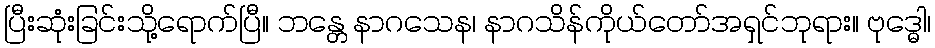
ပြီးဆုံးခြင်းသို့ရောက်ပြီ။ ဘန္တေ နာဂသေန၊ နာဂသိန်ကိုယ်တော်အရှင်ဘုရား။ ဗုဒ္ဓေါ၊